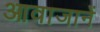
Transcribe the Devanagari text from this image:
आवाजानें